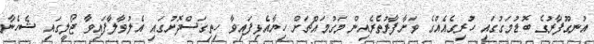
އުނގޫފާރުގެ ބޮޑުމަގުގައި ހުރިގެއެއްގެ ވަށާފާރުތެރެއިން މަގުމައްޗަށް ހިޔާއެޅިފައިވާ ހިތިގަސްދޮށުގައި އެލުވާލާފައިވާ ޖޯލީގައި ޝެހެނާ